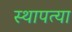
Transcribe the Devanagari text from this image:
स्थापत्या